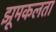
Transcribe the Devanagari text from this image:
झूमकलता